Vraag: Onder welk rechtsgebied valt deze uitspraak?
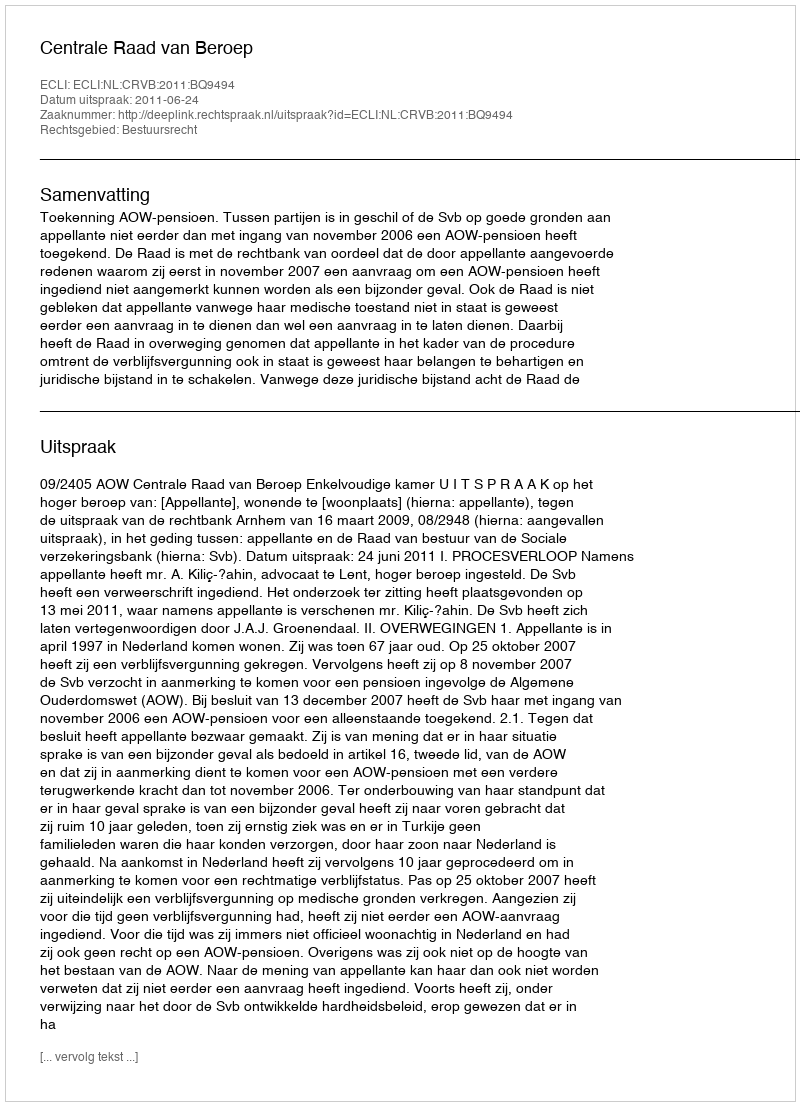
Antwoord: Bestuursrecht